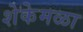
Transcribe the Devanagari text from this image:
शेकेमळा